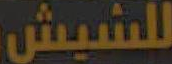
للشيش